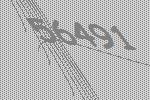
56491